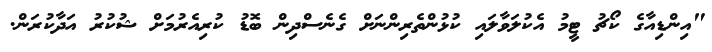
"އިންޑިއާގެ ކޯޗު ޓީމު އެކުލަވާލައި ކުޅުންތެރިންނަށް ގެނެސްދިން ބޮޑު ކުރިއެރުމަށް ޝުކުރު އަދާކުރަން.